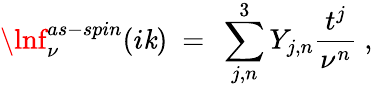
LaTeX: \lnf_{\nu}^{as-spin}(i\mathit{k})\ =\ \sum_{j,n}^{3}Y_{j,n}\frac{{t^{j}}}{{\nu^{n}}}\ ,